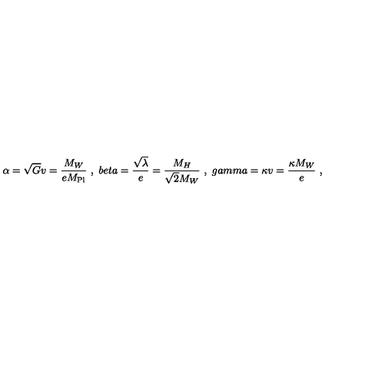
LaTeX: \alpha = \sqrt { G } v = \frac { M _ { W } } { e M _ { \mathrm { P l } } } \ , \ b e t a = \frac { \sqrt { \lambda } } { e } = \frac { M _ { H } } { \sqrt { 2 } M _ { W } } \ , \ g a m m a = \kappa v = \frac { \kappa M _ { W } } { e } \ ,